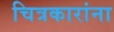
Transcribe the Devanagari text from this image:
चित्रकारांना